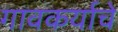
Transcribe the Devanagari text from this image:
गावकर्याचे